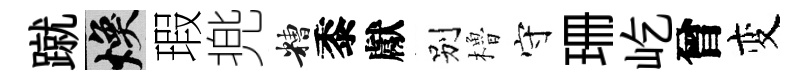
蹴焕瑕兠糟黍獻别櫓守珊屹曾变